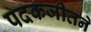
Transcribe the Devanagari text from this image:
पदकजीतने